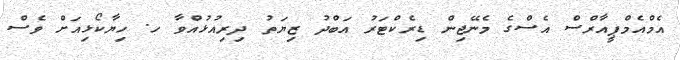
އެމްއެމްޕީއާރްސް އެސްގެ މެނޭޖިން ޑިރެކްޓަރު އަބްދު ޒިޔަތު ދިރިއުޅުއްވާ ހ. ހިޔާކޯޅިއަށް ވެސް